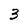
Character: 3